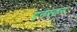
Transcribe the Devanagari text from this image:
एनस्तन